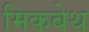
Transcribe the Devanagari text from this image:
मिकबेथ